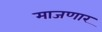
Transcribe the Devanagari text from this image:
माजणार